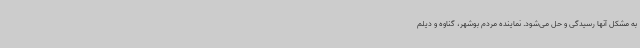
به مشکل آنها رسیدگی و حل می‌شود. نماینده مردم بوشهر، گناوه و دیلم